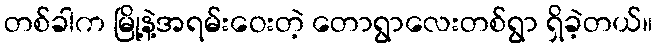
တစ်ခါက မြို့နဲ့အရမ်းဝေးတဲ့ တောရွာလေးတစ်ရွာ ရှိခဲ့တယ်။